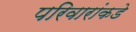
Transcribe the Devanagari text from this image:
परिवारांकडे